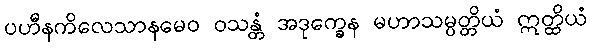
ပဟီနကိလေသာနမေဝ ဝသန္တံ အဒုက္ခေန မဟာသမ္ပတ္တိယံ ဣတ္ထိယံ